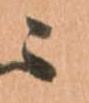
ニ